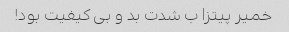
خمیر پیتزا ب شدت بد و بی کیفیت بود!